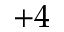
+ 4